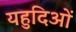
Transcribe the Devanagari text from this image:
यहुदिओं